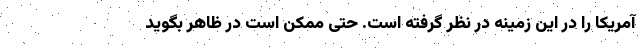
آمریکا را در این زمینه در نظر گرفته است. حتی ممکن است در ظاهر بگوید